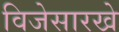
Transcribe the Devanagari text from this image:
विजेसारखे